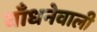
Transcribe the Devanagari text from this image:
बाँधनेवाली